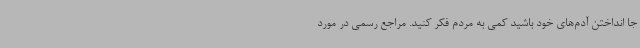
جا انداختن آدم‌های خود باشید کمی به مردم فکر کنید. مراجع رسمی در مورد